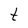
Character: t